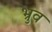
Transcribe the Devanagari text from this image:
भ्रुव